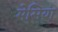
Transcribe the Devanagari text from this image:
मेसिया